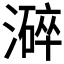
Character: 𱩌